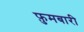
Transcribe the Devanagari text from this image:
फ़ुमबारी